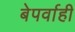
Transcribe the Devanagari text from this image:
बेपर्वाही